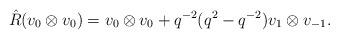
LaTeX: \begin{align*}\hat{R}(v_{0}\otimes v_{0})=v_{0}\otimes v_{0}+q^{-2}(q^{2}-q^{-2})v_{1}\otimes v_{-1}.\end{align*}